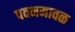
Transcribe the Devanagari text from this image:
पवनमावळ